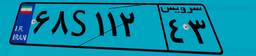
۶۹S۸۱۷۹۵